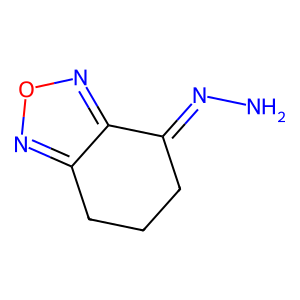
SMILES: NN=C1CCCc2nonc21
Inhibits HIV replication: No